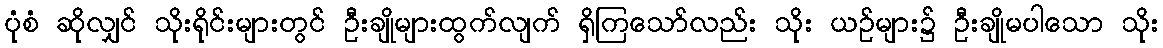
ပုံစံ ဆိုလျှင် သိုးရိုင်းများတွင် ဦးချိုများထွက်လျက် ရှိကြသော်လည်း သိုး ယဉ်များ၌ ဦးချိုမပါသော သိုး